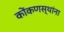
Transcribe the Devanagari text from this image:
कोंकणस्थांना